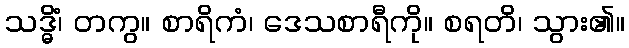
သဒ္ဓိံ၊ တကွ။ စာရိကံ၊ ဒေသစာရီကို။ စရတိ၊ သွား၏။